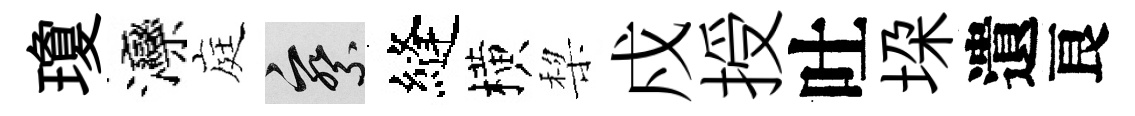
瓊灤庭察縫横棃戍授吐垜遺良